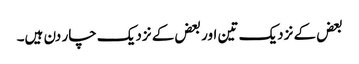
بعض کے نزدیک تین اور بعض کے نزدیک چار دن ہیں۔